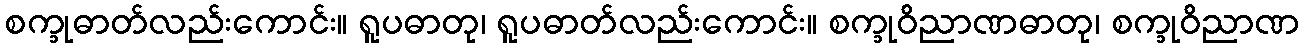
စက္ခုဓာတ်လည်းကောင်း။ ရူပဓာတု၊ ရူပဓာတ်လည်းကောင်း။ စက္ခုဝိညာဏဓာတု၊ စက္ခုဝိညာဏ